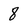
Character: 8